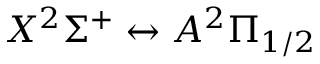
X ^ { 2 } \Sigma ^ { + } \leftrightarrow A ^ { 2 } \Pi _ { 1 / 2 }